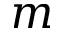
m